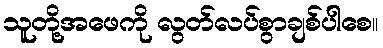
သူတို့အဖေကို လွတ်လပ်စွာချစ်ပါစေ။